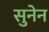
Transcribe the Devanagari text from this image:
सुनेन